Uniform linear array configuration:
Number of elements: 24
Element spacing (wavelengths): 0.75
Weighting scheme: binomial
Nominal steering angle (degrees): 45
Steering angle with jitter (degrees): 44.456
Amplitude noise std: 0.05
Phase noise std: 0.05

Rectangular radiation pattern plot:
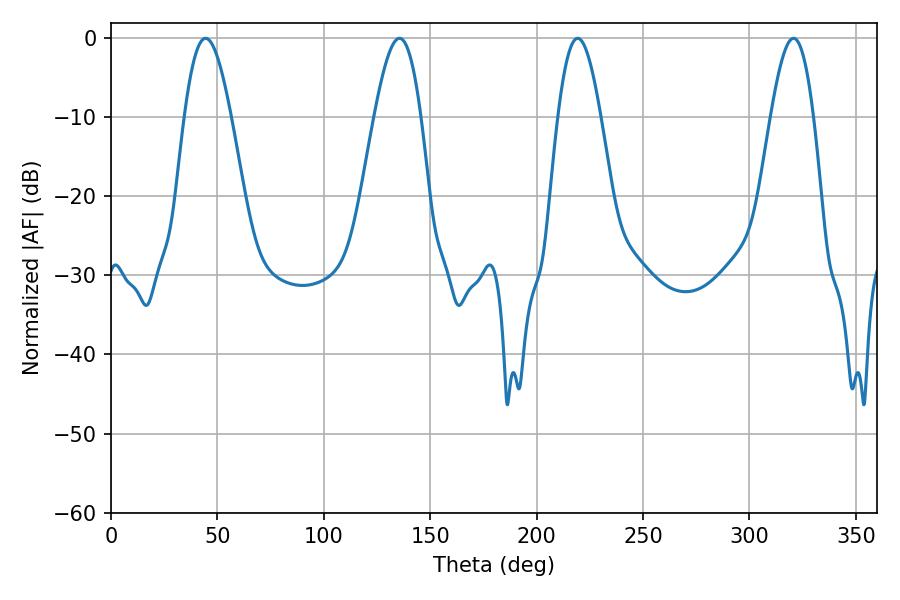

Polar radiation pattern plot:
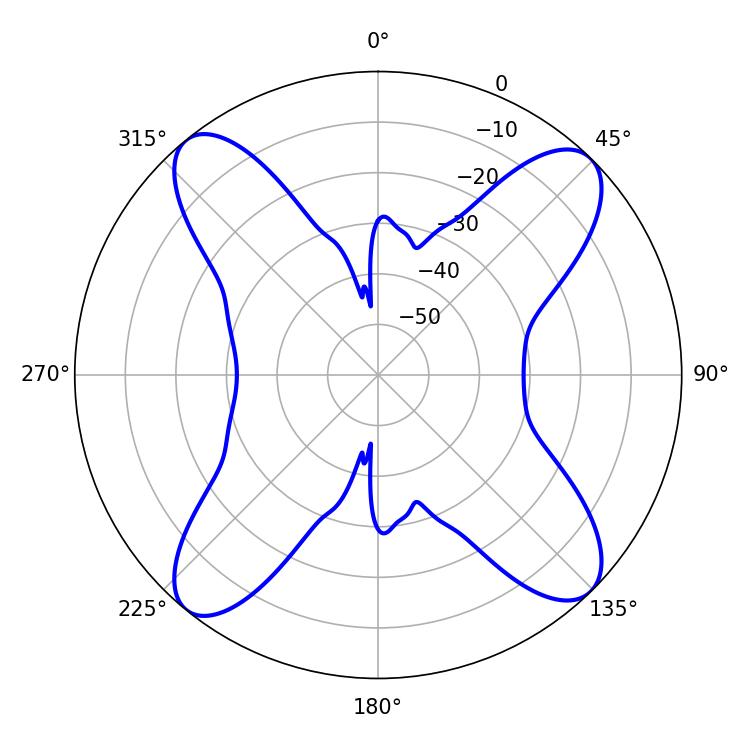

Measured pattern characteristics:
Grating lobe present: TRUE
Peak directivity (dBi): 15.716
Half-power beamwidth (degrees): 11.7
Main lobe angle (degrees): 44.46